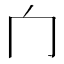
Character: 𰃦